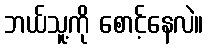
ဘယ်သူ့ကို စောင့်နေလဲ။